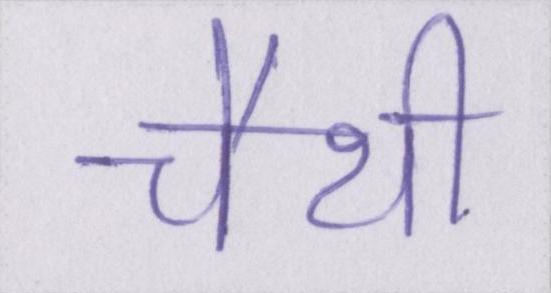
चैथी